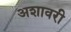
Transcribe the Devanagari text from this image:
अशावरी